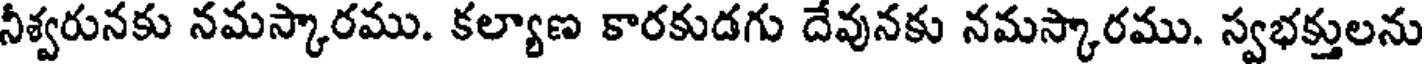
నీశ్వరునకు నమస్కారము. కల్యాణ కారకుడగు దేవునకు నమస్కారము. స్వభక్తులను